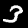
Label: 3